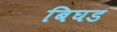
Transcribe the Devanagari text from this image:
बिघड